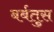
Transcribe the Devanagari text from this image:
बर्बतुस